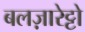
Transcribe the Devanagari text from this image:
बलज़ारेट्टो